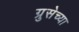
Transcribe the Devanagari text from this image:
ग्रुसेच्या